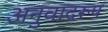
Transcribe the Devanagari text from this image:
अनुवादरूप